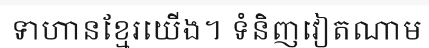
ទាហានខ្មែរយើង។ ទំនិញវៀតណាម